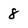
Character: 8